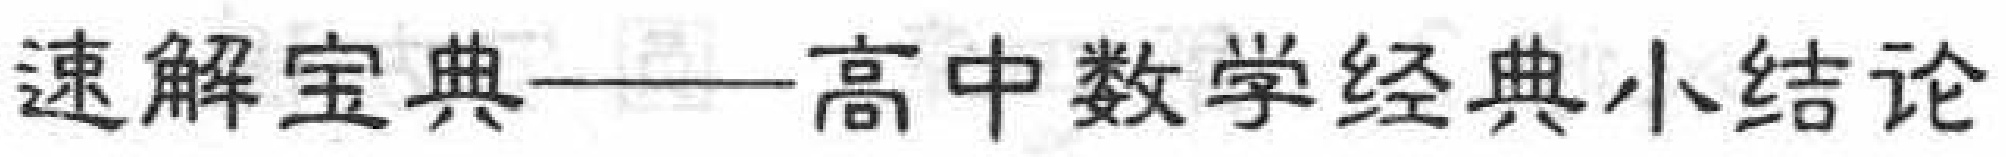
速解宝典——高中数学经典小结论